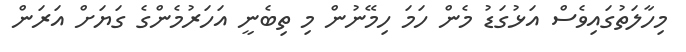
މިހާލަތުގައިވެސް އަޅުގަޑު މެން ހަމަ ހިމޭނުން މި ތިބެނީ އަހަރުމެންގެ ގަޔަށް އަރަން